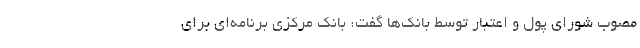
مصوب شورای پول و اعتبار توسط بانک‌ها گفت: بانک مرکزی برنامه‌ای برای